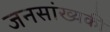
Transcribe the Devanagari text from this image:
जनसांख्यकी